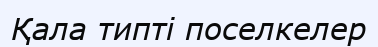
Қала типті поселкелер